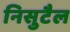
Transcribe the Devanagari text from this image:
निसुटैल